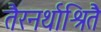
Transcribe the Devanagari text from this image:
तैरनर्थाश्रितै